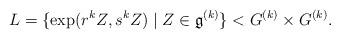
LaTeX: \begin{align*} L= \{ \exp(r^k Z, s^k Z)\mid Z\in\mathfrak g^{(k)}\} < G^{(k)}\times G^{(k)}. \end{align*}